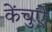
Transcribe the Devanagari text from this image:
केंचुऐ